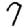
Digit: 7